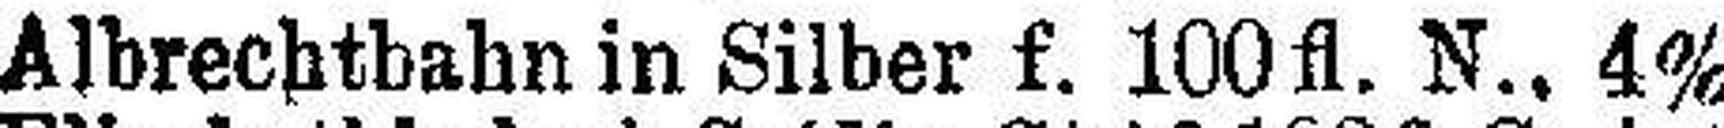
Albrechtbahn in Silber f. 100 fl. N., 4%